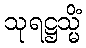
သုရဋ္ဌသ္မိံ